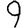
Digit: 9